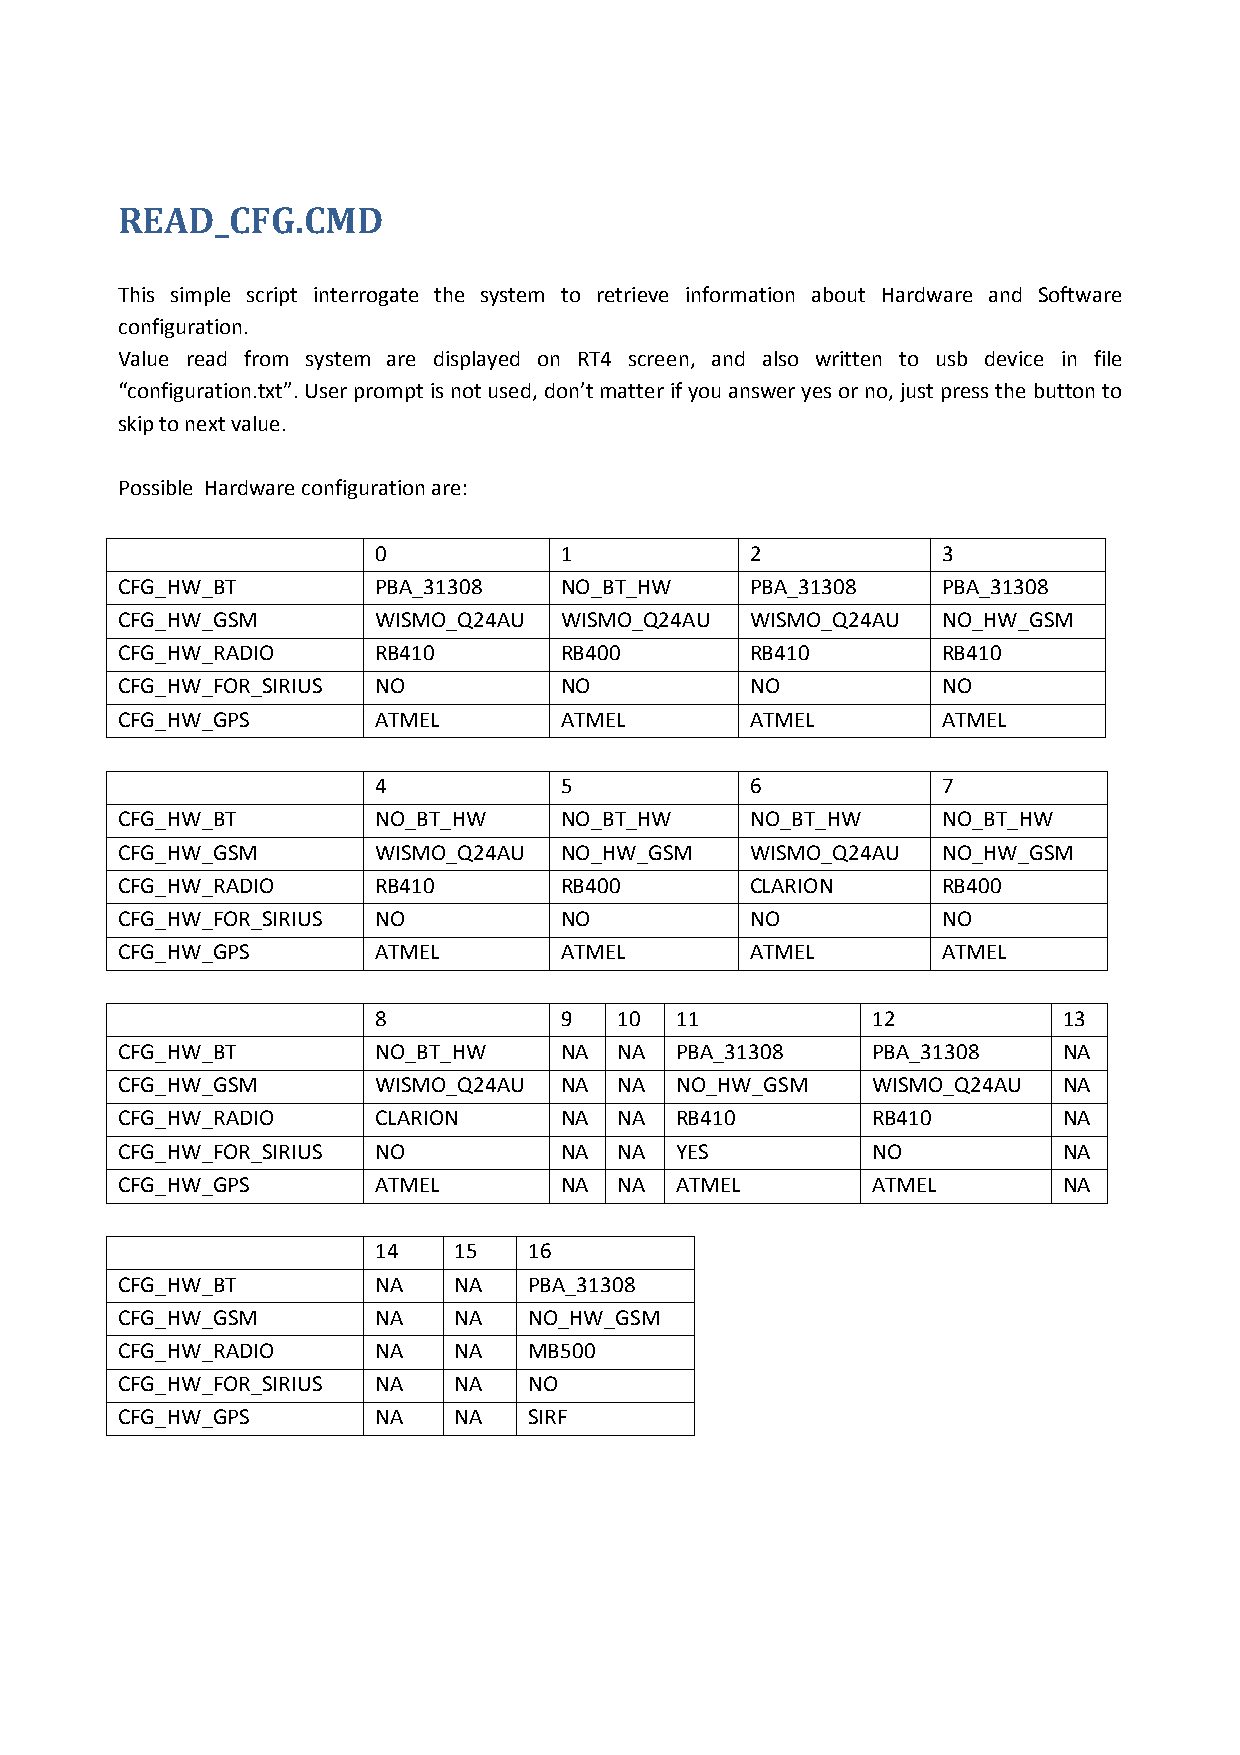
READ_CFG.CMD
 This simple script interrogate the system to retrieve information about Hardware and Software
 configuration.
 Value read from system are displayed on RT4 screen, and also written to usb device in file
 “configuration.txt”. User prompt is not used, don’t matter if you answer yes or no, just press the button to
 skip to next value.
 Possible Hardware configuration are:
 0           1            2           3
 CFG_HW_BT        PBA_31308   NO_BT_HW     PBA_31308   PBA_31308
 CFG_HW_GSM       WISMO_Q24AU WISMO_Q24AU  WISMO_Q24AU NO_HW_GSM
 CFG_HW_RADIO     RB410       RB400        RB410       RB410
 CFG_HW_FOR_SIRIUS NO         NO           NO          NO
 CFG_HW_GPS       ATMEL       ATMEL        ATMEL       ATMEL
 4           5            6           7
 CFG_HW_BT        NO_BT_HW    NO_BT_HW     NO_BT_HW    NO_BT_HW
 CFG_HW_GSM       WISMO_Q24AU NO_HW_GSM    WISMO_Q24AU NO_HW_GSM
 CFG_HW_RADIO     RB410       RB400        CLARION     RB400
 CFG_HW_FOR_SIRIUS NO         NO           NO          NO
 CFG_HW_GPS       ATMEL       ATMEL        ATMEL       ATMEL
 8           9   10  11           12          13
 CFG_HW_BT        NO_BT_HW    NA  NA  PBA_31308    PBA_31308   NA
 CFG_HW_GSM       WISMO_Q24AU NA  NA  NO_HW_GSM    WISMO_Q24AU NA
 CFG_HW_RADIO     CLARION     NA  NA  RB410        RB410       NA
 CFG_HW_FOR_SIRIUS NO         NA  NA  YES          NO          NA
 CFG_HW_GPS       ATMEL       NA  NA  ATMEL        ATMEL       NA
 14   15   16
 CFG_HW_BT        NA   NA   PBA_31308
 CFG_HW_GSM       NA   NA   NO_HW_GSM
 CFG_HW_RADIO     NA   NA   MB500
 CFG_HW_FOR_SIRIUS NA  NA   NO
 CFG_HW_GPS       NA   NA   SIRF